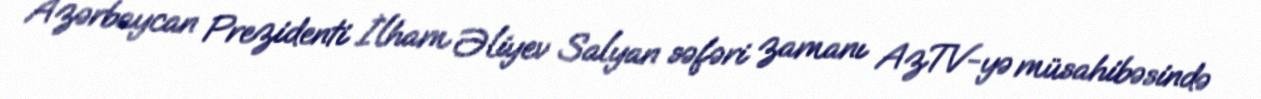
Azərbaycan Prezidenti İlham Əliyev Salyan səfəri zamanı AzTV-yə müsahibəsində